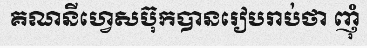
គណនីហ្វេសប៊ុកបានរៀបរាប់ថា ញុំ